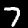
Label: 7